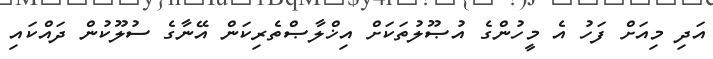
އަދި މިއަށް ފަހު އެ މީހުންގެ އުޞޫލުތަކަށް އިޚްލާޞްތެރިކަން އޭނާގެ ސުލޫކުން ދައްކައި